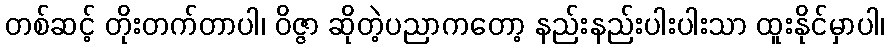
တစ်ဆင့် တိုးတက်တာပါ၊ ဝိဇ္ဇာ ဆိုတဲ့ပညာကတော့ နည်းနည်းပါးပါးသာ ထူးနိုင်မှာပါ၊